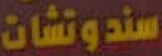
سندوتشات